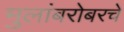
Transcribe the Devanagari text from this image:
मुलांबरोबरचे